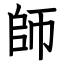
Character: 師